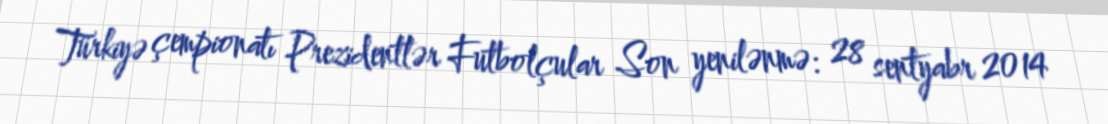
Türkiyə çempionatı Prezidentlər Futbolçular Son yenilənmə: 28 sentyabr 2014